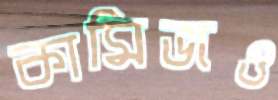
কামিজও